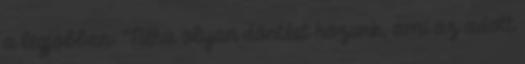
a legjobban: "Néha olyan döntést hozunk, ami az adott